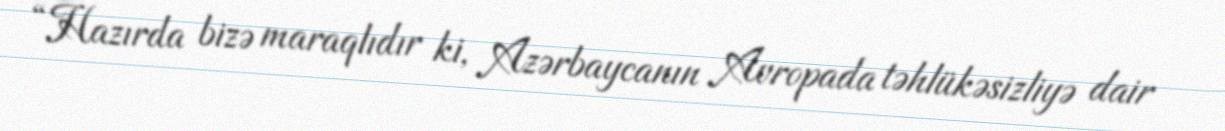
“Hazırda bizə maraqlıdır ki, Azərbaycanın Avropada təhlükəsizliyə dair